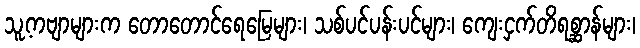
သူ့ကဗျာများက တောတောင်ရေမြေများ၊ သစ်ပင်ပန်းပင်များ၊ ကျေးငှက်တိရစ္ဆာန်များ၊